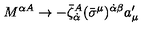
M ^ { \alpha A } \to - { \bar { \zeta } } _ { \dot { \alpha } } ^ { A } ( \bar { \sigma } ^ { \mu } ) ^ { \dot { \alpha } \beta } a _ { \mu } ^ { \prime }